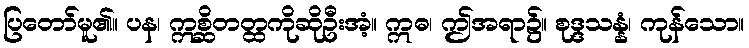
ပြတော်မူ၏။ ပန၊ ဣစ္ဆိတတ္ထကိုဆိုဦးအံ့။ ဣဓ၊ ဤအရာ၌။ စုဒ္ဒသန္နံ၊ ကုန်သော။